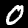
Digit: 0